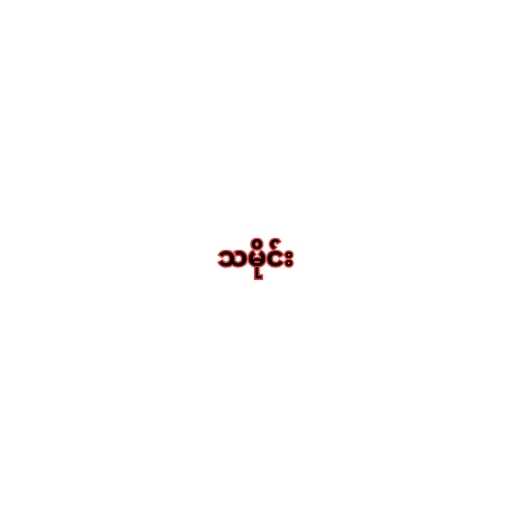
သမိုင်း